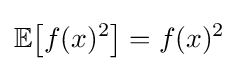
\mathbb {E} {\big [}f(x)^{2}{\big ]}=f(x)^{2}